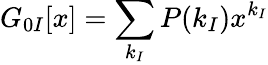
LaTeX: G_{0I}[x]=\sum_{k_{I}}P(k_{I})x^{k_{I}}